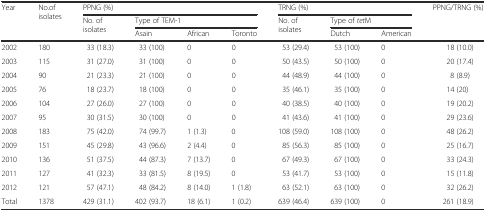
<table><thead><tr><td rowspan="3"><b>Year</b></td><td rowspan="3"><b>No.of isolates</b></td><td colspan="4"><b>PPNG (%)</b></td><td colspan="3"><b>TRNG (%)</b></td><td rowspan="3"><b>PPNG/TRNG (%)</b></td></tr><tr><td rowspan="2"><b>No. of isolates</b></td><td colspan="3"><b>Type of TEM-1</b></td><td rowspan="2"><b>No. of isolates</b></td><td colspan="2"><b>Type of <i>tet</i>M</b></td></tr><tr><td><b>Asain</b></td><td><b>African</b></td><td><b>Toronto</b></td><td><b>Dutch</b></td><td><b>American</b></td></tr></thead><tbody><tr><td>2002</td><td>180</td><td>33 (18.3)</td><td>33 (100)</td><td>0</td><td>0</td><td>53 (29.4)</td><td>53 (100)</td><td>0</td><td>18 (10.0)</td></tr><tr><td>2003</td><td>115</td><td>31 (27.0)</td><td>31 (100)</td><td>0</td><td>0</td><td>50 (43.5)</td><td>50 (100)</td><td>0</td><td>20 (17.4)</td></tr><tr><td>2004</td><td>90</td><td>21 (23.3)</td><td>21 (100)</td><td>0</td><td>0</td><td>44 (48.9)</td><td>44 (100)</td><td>0</td><td>8 (8.9)</td></tr><tr><td>2005</td><td>76</td><td>18 (23.7)</td><td>18 (100)</td><td>0</td><td>0</td><td>35 (46.1)</td><td>35 (100)</td><td>0</td><td>14 (20)</td></tr><tr><td>2006</td><td>104</td><td>27 (26.0)</td><td>27 (100)</td><td>0</td><td>0</td><td>40 (38.5)</td><td>40 (100)</td><td>0</td><td>19 (20.2)</td></tr><tr><td>2007</td><td>95</td><td>30 (31.5)</td><td>30 (100)</td><td>0</td><td>0</td><td>41 (43.6)</td><td>41 (100)</td><td>0</td><td>29 (23.6)</td></tr><tr><td>2008</td><td>183</td><td>75 (42.0)</td><td>74 (99.7)</td><td>1 (1.3)</td><td>0</td><td>108 (59.0)</td><td>108 (100)</td><td>0</td><td>48 (26.2)</td></tr><tr><td>2009</td><td>151</td><td>45 (29.8)</td><td>43 (96.6)</td><td>2 (4.4)</td><td>0</td><td>85 (56.3)</td><td>85 (100)</td><td>0</td><td>25 (16.7)</td></tr><tr><td>2010</td><td>136</td><td>51 (37.5)</td><td>44 (87.3)</td><td>7 (13.7)</td><td>0</td><td>67 (49.3)</td><td>67 (100)</td><td>0</td><td>33 (24.3)</td></tr><tr><td>2011</td><td>127</td><td>41 (32.3)</td><td>33 (81.5)</td><td>8 (19.5)</td><td>0</td><td>53 (41.7)</td><td>53 (100)</td><td>0</td><td>15 (11.8)</td></tr><tr><td>2012</td><td>121</td><td>57 (47.1)</td><td>48 (84.2)</td><td>8 (14.0)</td><td>1 (1.8)</td><td>63 (52.1)</td><td>63 (100)</td><td>0</td><td>32 (26.2)</td></tr><tr><td>Total</td><td>1378</td><td>429 (31.1)</td><td>402 (93.7)</td><td>18 (6.1)</td><td>1 (0.2)</td><td>639 (46.4)</td><td>639 (100)</td><td>0</td><td>261 (18.9)</td></tr></tbody></table>